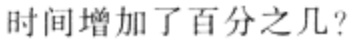
时间增加了百分之几?